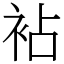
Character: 袩